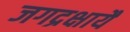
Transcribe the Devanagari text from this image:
जगद्रक्षायै